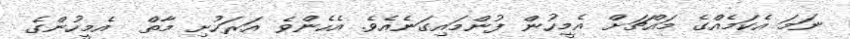
ނަމަ އެކަމެއްގެ މައްޗަށް އެމީހުން ފުންމައިގަނެއެވެ. އެހެންވެ އަރަހުށި މާތް  އެމީހުންގެ